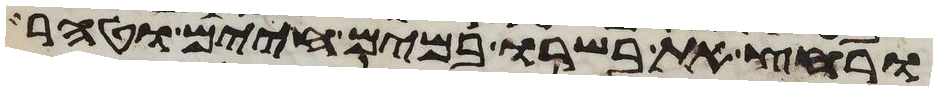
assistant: ורחץ את בשרו במים חיים וטהר